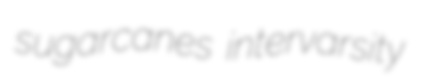
sugarcanes intervarsity